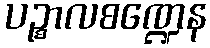
ပဉ္စာလစဏ္ဍေန